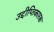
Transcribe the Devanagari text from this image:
उद्दीप्तिकारक